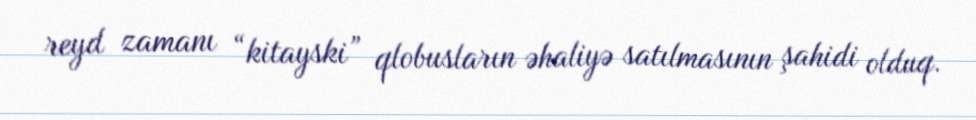
reyd zamanı “kitayski” qlobusların əhaliyə satılmasının şahidi olduq.